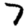
Digit: 7